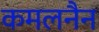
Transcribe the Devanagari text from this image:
कमलनैन